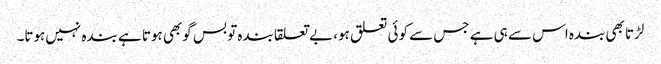
لڑتا بھی بندہ اس سے ہی ہے جس سے کوئی تعلق ہو، بے تعلقا بندہ تو بس گوبھی ہوتا ہے بندہ نہیں‌ہوتا۔